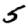
Digit: 5